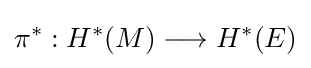
\pi ^{*}:H^{*}(M)\longrightarrow H^{*}(E)